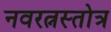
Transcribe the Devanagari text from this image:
नवरत्नस्तोत्र